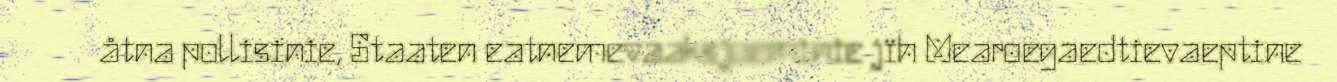
åtna pollisinie, Staaten eatnemevaaksjoeminie jïh Mearoegaedtievaeptine